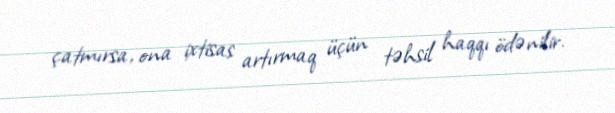
çatmırsa, ona ixtisas artırmaq üçün təhsil haqqı ödənilir.